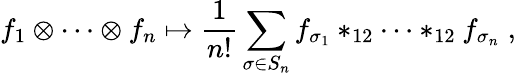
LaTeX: f_{1}\otimes\cdots\otimes f_{n}\mapsto\frac{1}{n!}\sum_{\sigma\in S_{n}}f_{\sigma_{1}}\ast_{12}\cdots\ast_{12}f_{\sigma_{n}}\; ,